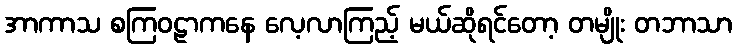
အာကာသ စကြဝဠာကနေ လေ့လာကြည့် မယ်ဆိုရင်တော့ တမျိုး တဘာသာ